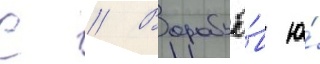
С // Воробьё́в ю́